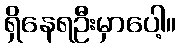
ရှိနေရဦးမှာပေါ့။